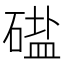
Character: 𱴤